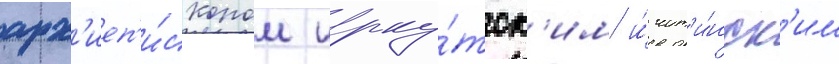
арх'иеп'и́скопом ирку́тск'им и́ чит'и́нск'им